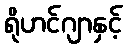
ရိုဟင်ဂျာနှင့်